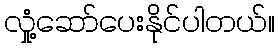
လှုံ့ဆော်ပေးနိုင်ပါတယ်။